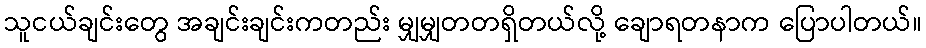
သူငယ်ချင်းတွေ အချင်းချင်းကတည်း မျှမျှတတရှိတယ်လို့ ချောရတနာက ပြောပါတယ်။